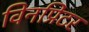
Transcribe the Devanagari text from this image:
विनप्रिंटर